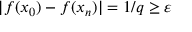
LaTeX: | f ( x _ { 0 } ) - f ( x _ { n } ) | = 1 / q \geq \varepsilon \quad